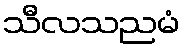
သီလသညမံ